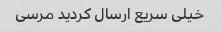
خیلی سریع ارسال کردید مرسی